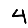
Digit: 4